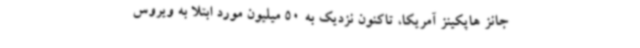
جانز هاپکینز آمریکا، تاکنون نزدیک به 50 میلیون مورد ابتلا به ویروس